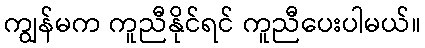
ကျွန်မက ကူညီနိုင်ရင် ကူညီပေးပါမယ်။